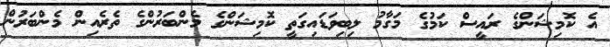
އެ ކޮމިޝަންގެ ރައީސް ކަމުގެ މަގާމު ލިބިވަޑައިގަތީ ކޮމިޝަންގެ މެންބަރުންގެ ތެރެއިން މެންބަރުން